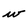
Character: w